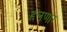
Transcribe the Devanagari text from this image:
हलणार